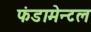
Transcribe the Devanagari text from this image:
फंडामेन्टल